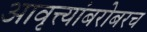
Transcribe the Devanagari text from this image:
आवृत्त्यांबरोबरच